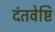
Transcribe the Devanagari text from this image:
दंतवेष्टि